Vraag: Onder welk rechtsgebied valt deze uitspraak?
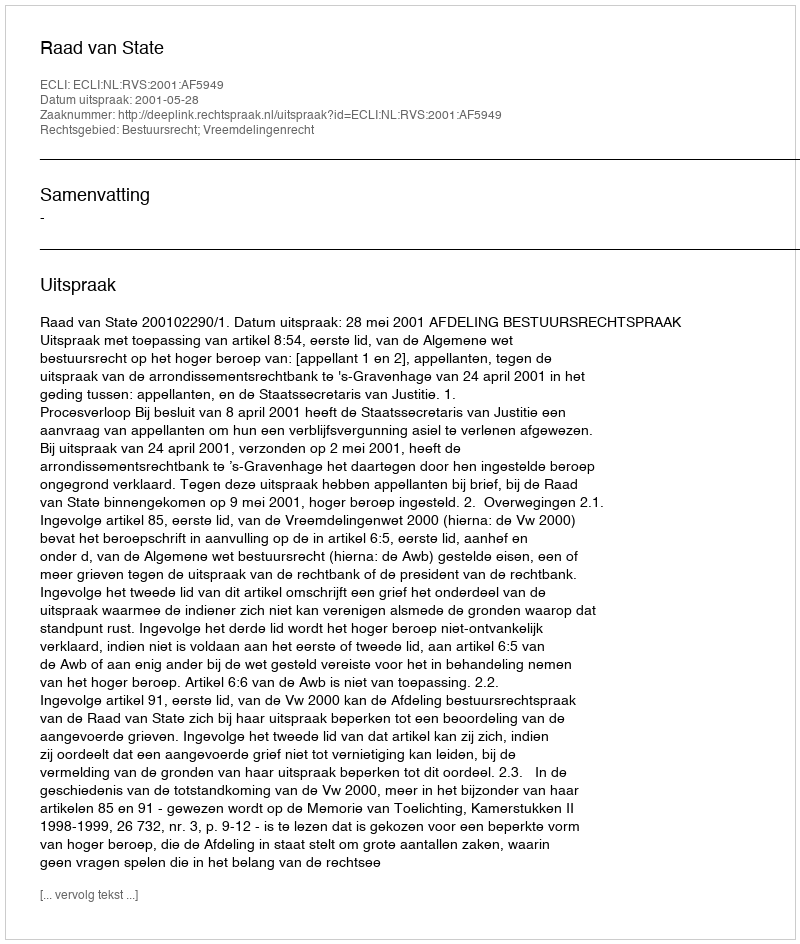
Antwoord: Bestuursrecht; Vreemdelingenrecht